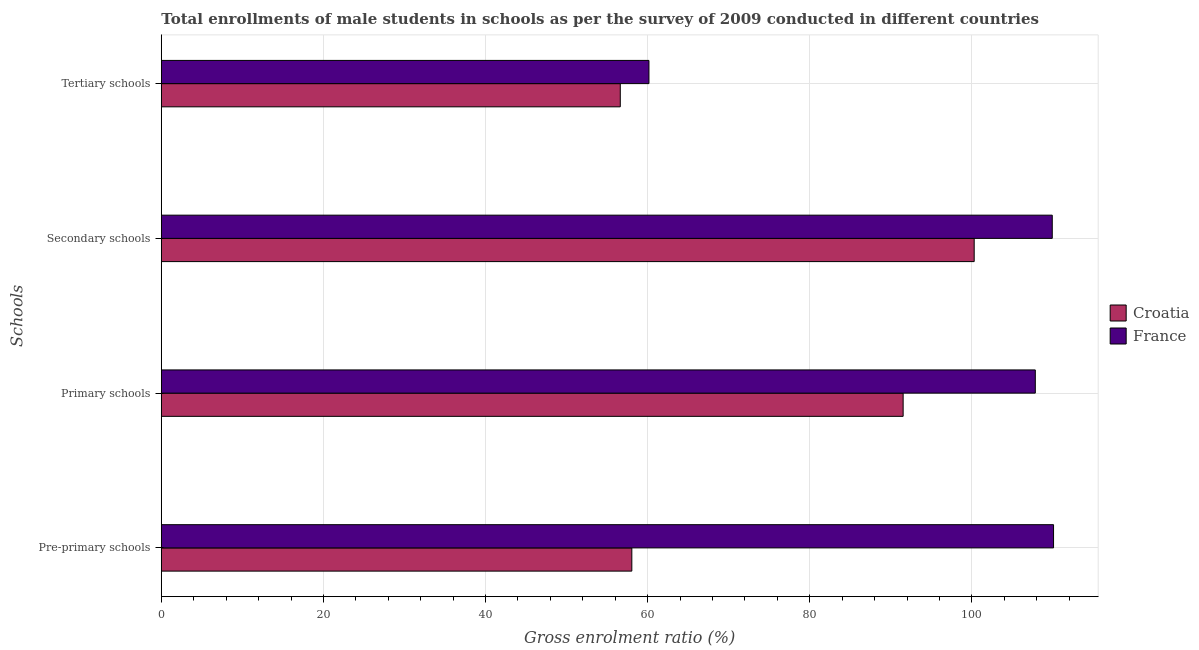
| Schools | Croatia | France |
 | --- | --- | --- |
 | Pre-primary schools | 58 | 110 |
 | Primary schools | 91.5 | 108 |
 | Secondary schools | 100 | 110 |
 | Tertiary schools | 56.6 | 60.2 |